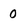
Character: 0